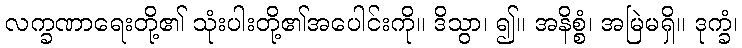
လက္ခဏာရေးတို့၏ သုံးပါးတို့၏အပေါင်းကို။ ဒိသွာ၊ ၍။ အနိစ္စံ၊ အမြဲမရှိ။ ဒုက္ခံ၊